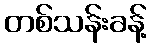
တစ်သန်းခန့်